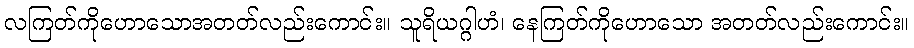
လကြတ်ကိုဟောသောအတတ်လည်းကောင်း။ သူရိယဂ္ဂါဟံ၊ နေကြတ်ကိုဟောသော အတတ်လည်းကောင်း။